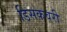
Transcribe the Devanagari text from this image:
डिसकवरी